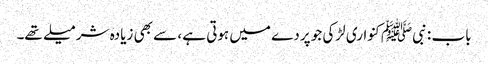
باب : نبیﷺ کنواری لڑکی جو پردے میں ہوتی ہے ، سے بھی زیادہ شرمیلے تھے۔